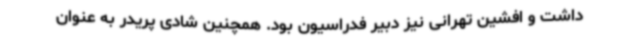
داشت و افشین تهرانی نیز دبیر فدراسیون بود. همچنین شادی پریدر به عنوان